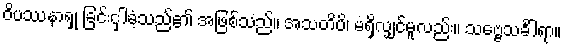
ဝိပဿနာရှု ခြင်းငှါခံ့သည်၏ အဖြစ်သည်။ အသတိပိ၊ မရှိလျှင်မူလည်း။ သဗ္ဗေသင်္ခါရာ။